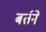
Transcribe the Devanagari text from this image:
बर्तने